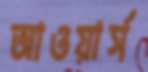
আওয়ার্স